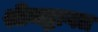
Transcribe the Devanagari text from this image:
श्रीमद्भागत